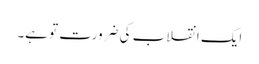
ایک انقلاب کی ضرورت تو ہے۔